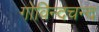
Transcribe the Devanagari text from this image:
गोविन्दचन्द